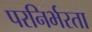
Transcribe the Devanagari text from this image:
परनिर्भरता